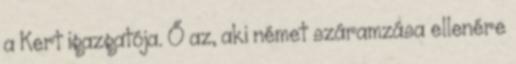
a Kert igazgatója. Ő az, aki német száramzása ellenére